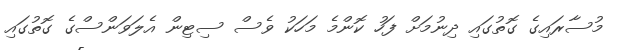
މުސާރައިގެ ގޮތުގައި ދިނުމަށް ފަހު ކޮންމެ މަހަކު ވެސް ސިޓިން އެލަވަންސްގެ ގޮތުގައި